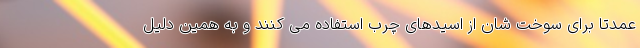
عمدتا برای سوخت شان از اسیدهای چرب استفاده می کنند و به همین دلیل